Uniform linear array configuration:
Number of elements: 48
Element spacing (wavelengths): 0.5
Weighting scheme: blackman
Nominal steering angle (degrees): -15
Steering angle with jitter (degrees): -16.574
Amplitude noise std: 0.05
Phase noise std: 0.05

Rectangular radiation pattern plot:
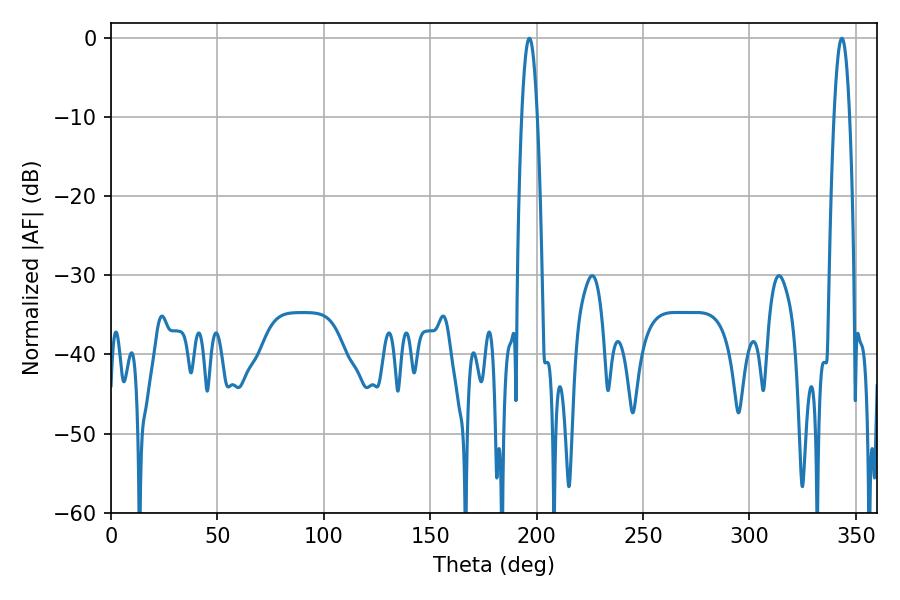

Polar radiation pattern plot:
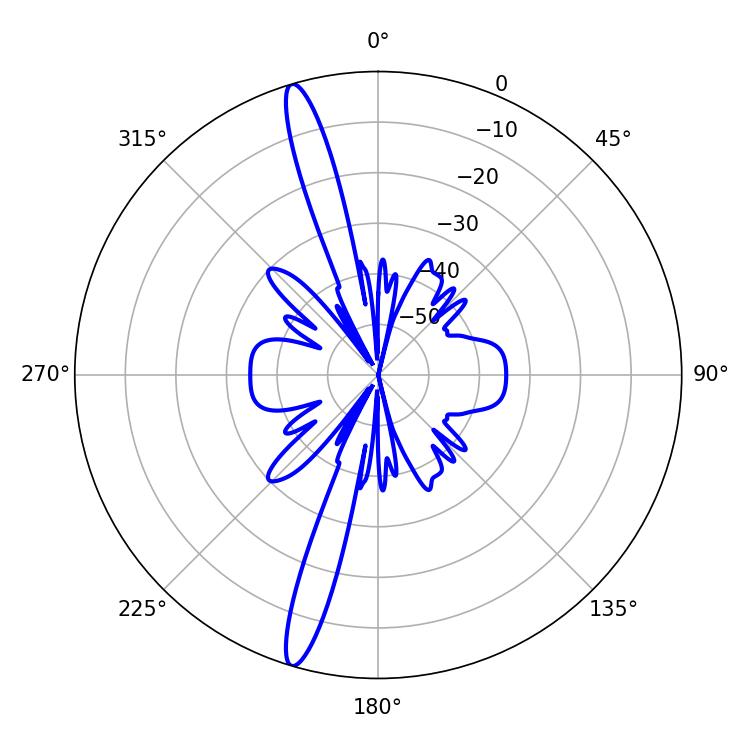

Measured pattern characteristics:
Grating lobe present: FALSE
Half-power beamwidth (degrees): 3.96
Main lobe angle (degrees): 196.56